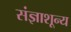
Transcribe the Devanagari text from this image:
संज्ञाशून्य